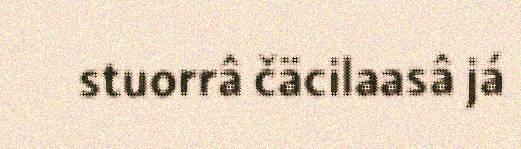
stuorrâ čäcilaasâ já